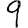
Digit: 9